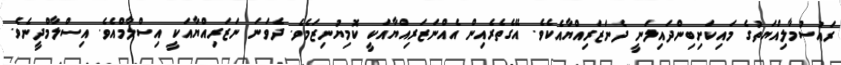
ރައުސުމާލިއްޔަތުގެ މައިކަށިބިންދައިލަނީ ދެނަޒަރިއްޔާއެކެވެ. އޭގެތެރެއިން އެއްނަޒަރިއްޔާއަކީ ކޮމިޔުނިޒަމެވެ. ދެވަނަ ނަޒަރިއްޔާއަކީ އިސްލާމްއެވެ. އިސްލާމްދީނެވެ.